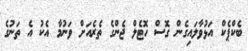
ބެކްޕެކް އަޅުވާލައިގެން ގޮސް ހޮޓެލް ޖެންގެ ތެރެއަށް ވަނުމާ އެކު އެ ތަނުގެ